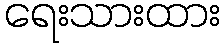
ရေးသားထား